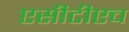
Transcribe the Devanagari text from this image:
एसीटीएच